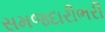
સમજદારીભરી